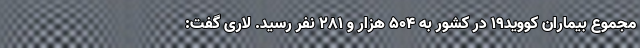
مجموع بیماران کووید۱۹ در کشور به ۵۰۴ هزار و ۲۸۱ نفر رسید. لاری گفت: